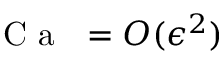
\mathrm { ~ \textit ~ { ~ C ~ a ~ } ~ } = O ( \epsilon ^ { 2 } )